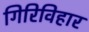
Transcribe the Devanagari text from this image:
गिरिविहार